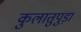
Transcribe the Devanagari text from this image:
कुलातुपुड़ा